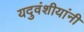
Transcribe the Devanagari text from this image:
यदुवंशीयांनी